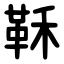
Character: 鞂